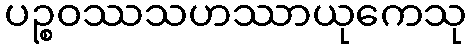
ပဉ္စဝဿသဟဿာယုကေသု